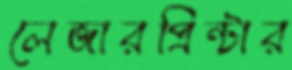
লেজারপ্রিন্টার